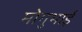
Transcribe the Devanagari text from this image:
मोगुभाई